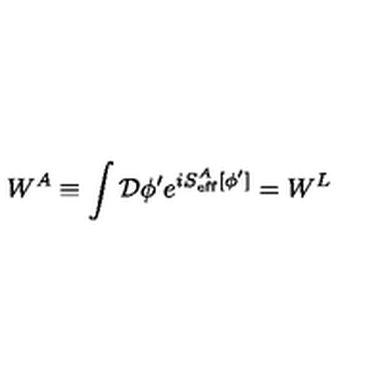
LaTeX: W ^ { A } \equiv \int { \cal D } \phi ^ { \prime } e ^ { i S _ { \mathrm { e f f } } ^ { A } [ \phi ^ { \prime } ] } = W ^ { L }